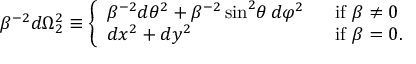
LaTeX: \beta ^ { - 2 } d \Omega _ { 2 } ^ { 2 } \equiv \left\{ \begin{array} { l l } { { \beta ^ { - 2 } d \theta ^ { 2 } + \beta ^ { - 2 } \sin ^ { 2 } \! \theta \, d \varphi ^ { 2 } \ \ } } & { { { \mathrm { i f ~ } } \beta \neq 0 } } \\ { { d x ^ { 2 } + d y ^ { 2 } } } & { { { \mathrm { i f ~ } } \beta = 0 . } } \end{array} \right.